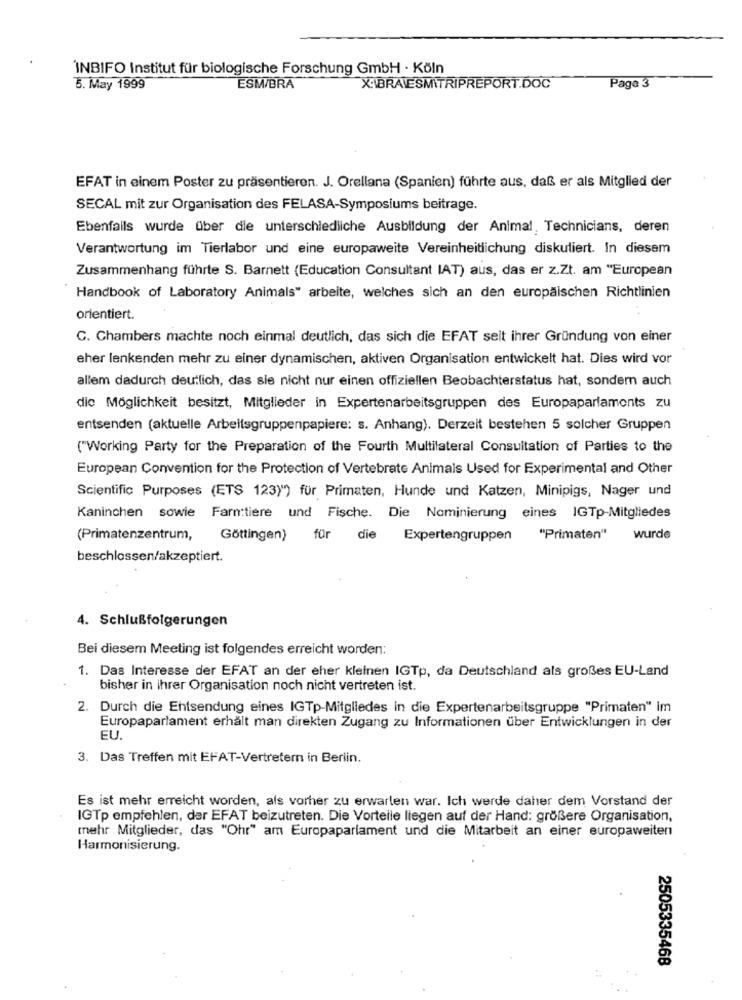
INBIFO Institut für biologische Forschung GmbH · Köln
5. May 1999
ESM/BRA
X:\BRAVESMITRIPREPORT.DOC
Page 3
EFAT in einem Poster zu präsentieren. J. Orellana (Spanien) führte aus, daß er als Mitglied der
SECAL mit zur Organisation des FELASA-Symposiums beitrage.
Ebenfalls wurde über die unterschiedliche Ausbildung der Animal, Technicians, deren
Verantwortung im Tierlabor und eine europaweite Vereinheitlichung diskutiert. In diesem
Zusammenhang führte S. Barnett (Education Consultant IAT) aus, das er z.Zt. am "European
Handbook of Laboratory Animals" arbeite, welches sich an den europäischen Richtlinien
orientiert.
C. Chambers machte noch einmal deutlich, das sich die EFAT seit ihrer Gründung von einer
eher lenkenden mehr zu einer dynamischen, aktiven Organisation entwickelt hat. Dies wird vor
allem dadurch deutlich, das sie nicht nur einen offiziellen Beobachterstatus hat, sondern auch
die Möglichkeit besitzt, Mitglieder in Expertenarbeitsgruppen des Europaparlaments zu
entsenden (aktuelle Arbeitsgruppenpapiere: s. Anhang). Derzeit bestehen 5 solcher Gruppen
("Working Party for the Preparation of the Fourth Multilateral Consultation of Parties to the
European Convention for the Protection of Vertebrate Animals Used for Experimental and Other
Scientific Purposes (ETS 123)") für Primaten, Hunde und Katzen, Minipigs, Nager und
Kaninchen sowie Farmtiere und Fische. Die Nominierung eines IGTp-Mitgliedes
(Primatenzentrum,
Göttingen)
für
die
Expertengruppen
"Primaten"
wurde
beschlossen/akzeptiert.
4. Schlußfolgerungen
Bei diesem Meeting ist folgendes erreicht worden:
1. Das Interesse der EFAT an der eher kleinen IGTp, da Deutschland als großes EU-Land
bisher in ihrer Organisation noch nicht vertreten ist.
2. Durch die Entsendung eines IGTp-Mitgliedes in die Expertenarbeitsgruppe "Primaten" im
Europaparlament erhält man direkten Zugang zu Informationen über Entwicklungen in der
EU.
3. Das Treffen mit EFAT-Vertretern in Berlin.
Es ist mehr erreicht worden, als vorher zu erwarten war. Ich werde daher dem Vorstand der
IGTp empfehlen, der EFAT beizutreten. Die Vorteile liegen auf der Hand: größere Organisation,
mehr Mitglieder, das "Ohr" am Europaparlament und die Mitarbeit an einer europaweiten
Harmonisierung.
2505335468